Medical and sanitary report of the native army of Bengal for the year
Year: 1877
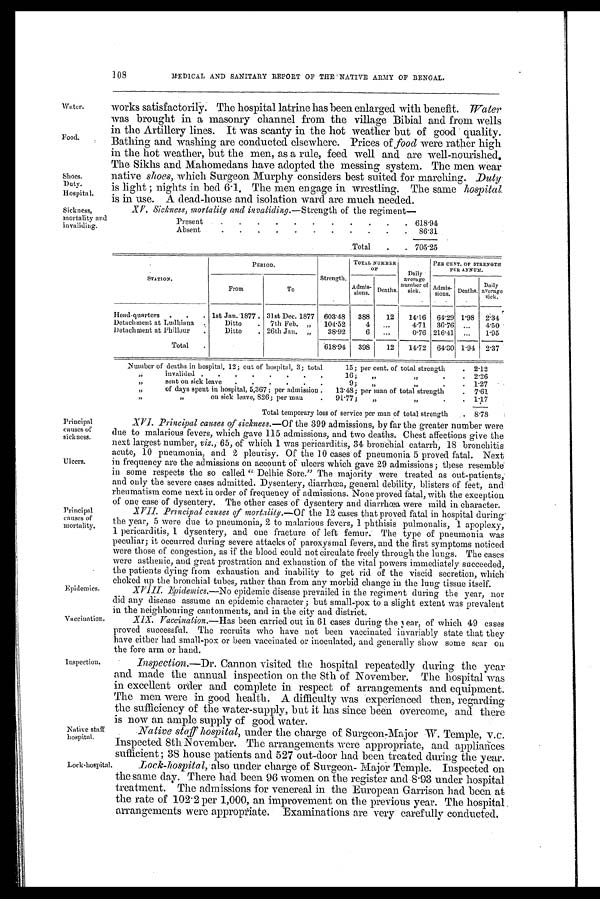
Water.
Food.
Shoes.
Duty.
Hospital.
Sickness,
mortality and
invaliding.
Principal
causes of
sickness.
Ulcers.
Native staff
hospital.
Lock hospital
108
MEDICAL AND SANITARY REPORT OF THE NATIVE ARMY OF BENGAL.
works satisfactorily. The hospital latrine has been enlarged with benefit. Water
was brought in a masonry channel from the village Bibial and from wells
in the Artillery lines. It was scanty in the hot weather but of good quality.
Bathing and washing are conducted elsewhere. Prices of food were rather high
in the hot weather, but the men, as a rule, feed well and are well-nourished.
The Sikhs and Mahomedans have adopted the messing system. The men wear
native shoes, which Surgeon Murphy considers best suited for marching. Duly
is light ; nights in bed 6 . 1, The men engage in wrestling. The same hospital
is in use. A dead-house and isolation ward are much needed.
XV. Sickness, mortality and invaliding.—Strength of the regiment—
Present
618.94
Absent
86.31
Total
705.25
S T A T I O N .
PERIOD.
Strength.
TOTAL NUMBER
OF
Daily
average
number of
sick.
PER CENT. OF STRENGTH
PER ANNUM.
From
To
Admi
ssions.
Deaths.
Admi
s s i o n s .
Deaths.
Daily
aver age si ck.
Head-quarters
. . . 1st Jan. 1877 . 31st Dec. 1877 603.48
388
12
14.16 64.29 1.98
2.34
Detachment at Ludhiana .
Ditto
. 7th Feb. „
104 .52
4
...
4.71
36.76 ...
4.50
Detachment at Phillour
.
Ditto
. 26th Jan. „
38.92
6
...
0. 76 216.41 ...
1.95
Total
.
618.94
398
12
14.72
64.30 1.94 2.37
Number of deaths in hospital, 12; out of hospital, 3; total
15; per cent. of total strength
2.12
„
invalided
16;
„ „
2.26
„
sent on sick leave
9;
„ „
1 .27
„
of days spent in hospital, 5,367; per admission .
13. 48; per man of total strength
7.61
„ „
on sick leave, 826; per man
91 .77; „
„
1.17
Total temporary loss of service per man of total strength
8.78
Principal
causes of
mortality.
Epidemics.
Vaccination.
Inspection.
XVI. Principal causes of sickness.—Of the 399 admissions, by far the greater number were
due to malarious fevers, which gave 115 admissions, and two deaths. Chest affections give the
next largest number, viz., 65, of which 1 was pericarditis, 34 bronchial catarrh, 18 bronchitis
acute, 10 pneumonia, and 2 pleurisy. Of the 10 cases of pneumonia 5 proved fatal. Next
in frequency are the admissions on account of ulcers which gave 29 admissions; these resemble
in some respects the so called "Delhie Sore." The majority were treated as out-patients,
and only the severe cases admitted. Dysentery, diarrhœa, general debility, blisters of feet, and
rheumatism come next in order of frequency of admissions. None proved fatal, with the exception
of one case of dysentery. The other cases of dysentery and diarrhœa were mild in character.
X VII. Principal causes of mortality.—Of the 12 cases that proved fatal in hospital during
the year, 5 were due to pneumonia, 2 to malarious fevers, 1 phthisis pulmonalis, 1 apoplexy,
1 pericarditis, 1 dysentery, and one fracture of left femur. The type of pneumonia was
peculiar; it occurred during severe attacks of paroxysmal fevers, and the first symptoms noticed
were those of congestion, as if the blood could not circulate freely through the lungs. The cases
were asthenic, and great prostration and exhaustion of the vital powers immediately succeeded,
the patients dying from exhaustion and inability to get rid of the viscid secretion, which
choked up the bronchial tubes, rather than from any morbid change in the lung tissue itself.
XVIII. Epidemics.—No epidemic disease prevailed in the regiment during the year, nor
did any disease assume an epidemic character; but small-pox to a slight extent was prevalent
in the neighbouring cantonments, and in the city and district.
XIX. Vaccination.—Has been carried out in 61 cases during the year, of which 49 cases
proved successful. The recruits who have not been vaccinated invariably state that they
have either had small-pox or been vaccinated or inoculated, and generally show some scar on
the fore arm or hand.
Inspection.—Dr. Cannon visited the hospital repeatedly during the year
and made the annual inspection on the 8th of November. The hospital was
in excellent order and complete in respect of arrangements and equipment.
The men were in good health. A difficulty was experienced then, regarding
the sufficiency of the water-supply, but it has since been overcome, and there
is now an ample supply of good water.
Native staff hospital, under the charge of Surgeon-Major W. Temple, v.c.
Inspected 8th November. The arrangements were appropriate, and appliances
sufficient; 38 house patients and 527 out-door had been treated during the year.
Lock-hospital, also under charge of Surgeon-Major Temple. Inspected on
the same day. There had been 96 women on the register and 8.93 under hospital
treatment. The admissions for venereal in the European Garrison had been at
the rate of 102.2 per 1,000, an improvement on the previous year. The hospital
arrangements were appropriate. Examinations are very carefully conducted.